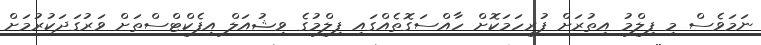
ނަމަވެސް މި ފިލްމު އިތުރަށް ފުރިހަމަކޮށް ހާއްސަގޮތެއްގައި ފިލްމުގެ ވިޝުއަލް އިފެކްޓްސްތަށް ވަރުގަދަކުރުމަށް